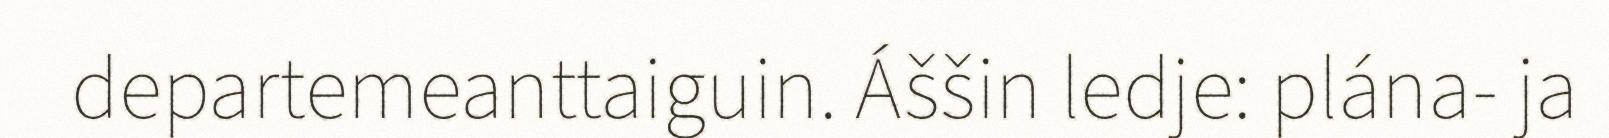
departemeanttaiguin. Áššin ledje: plána- ja